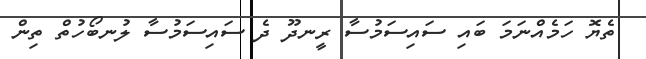
ތެޔޮ ހަމެއްނަމަ ބައި ސައިސަމުސާ ރީނދޫ ދެ ސައިސަމުސާ ލުނބޯހުތް ތިން